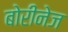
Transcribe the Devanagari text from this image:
बोरीनेज